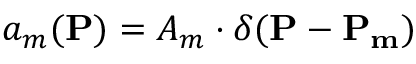
a _ { m } ( { \bf P } ) = A _ { m } \cdot \delta ( { \bf P } - { \bf P _ { m } } )